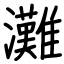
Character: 灘